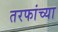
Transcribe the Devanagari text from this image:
तरफांच्या